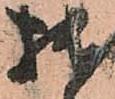
拙